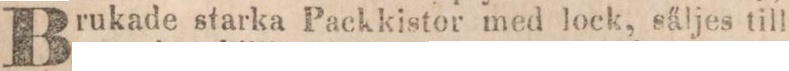
Brukade starka Packkistor med lock, säljes till